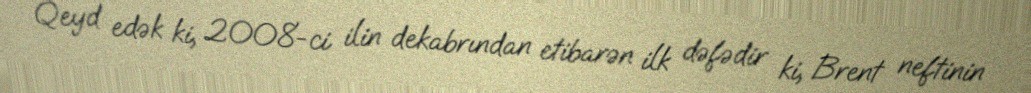
Qeyd edək ki, 2008-ci ilin dekabrından etibarən ilk dəfədir ki, Brent neftinin